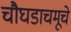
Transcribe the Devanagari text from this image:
चौघडाचमूचे